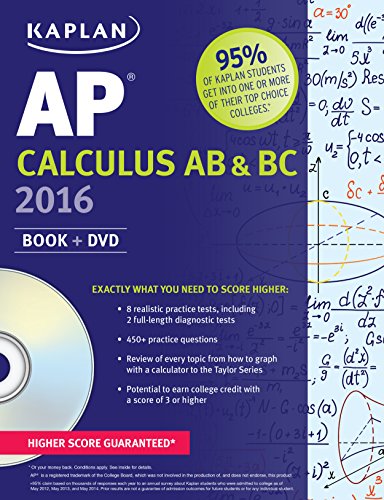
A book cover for Kaplan AP Calculus AB & BC 2016: Book + DVD (Kaplan Test Prep); Tamara Lefcourt Ruby; Test Preparation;